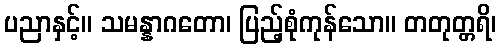
ပညာနှင့်။ သမန္နာဂတော၊ ပြည့်စုံကုန်သော။ တတုတ္တရိ၊